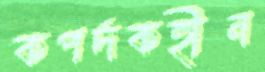
কপর্দকহীন